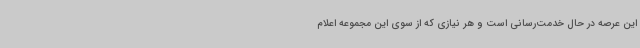
این عرصه در حال خدمت‌رسانی است و هر نیازی که از سوی این مجموعه اعلام